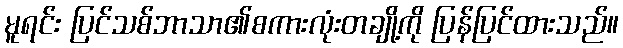
မူရင်း ပြင်သစ်ဘာသာ၏စကားလုံးတချို့ကို ပြန်ပြင်ထားသည်။